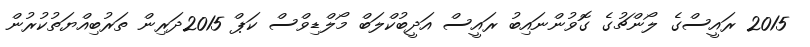
2015 ރައީސްގެ ލޯންޗުގެ ގޮވުންނައިބު ރައީސް އަދީބުކްލަބް މޯލްޑިވްސް ކަޕް 2015ދަރިން ތަރުބިއްޔަތުކުރުން